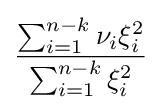
{\frac {\sum _{i=1}^{n-k}\nu _{i}\xi _{i}^{2}}{\sum _{i=1}^{n-k}\xi _{i}^{2}}}